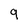
Character: 9